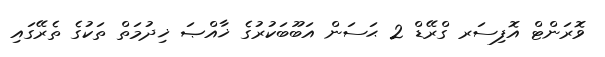
ވޮރަންޓް އޮފިސަރ ގްރޭޑް 2 ޙަސަން އަބޫބަކުރުގެ ޚާއްޞަ ޚިދުމަތް ތަކުގެ ތެރޭގައި